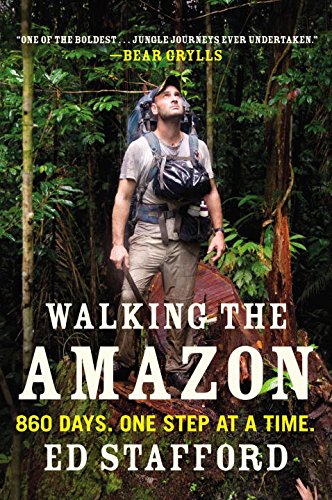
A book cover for Walking the Amazon: 860 Days. One Step at a Time.; Ed Stafford; Travel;